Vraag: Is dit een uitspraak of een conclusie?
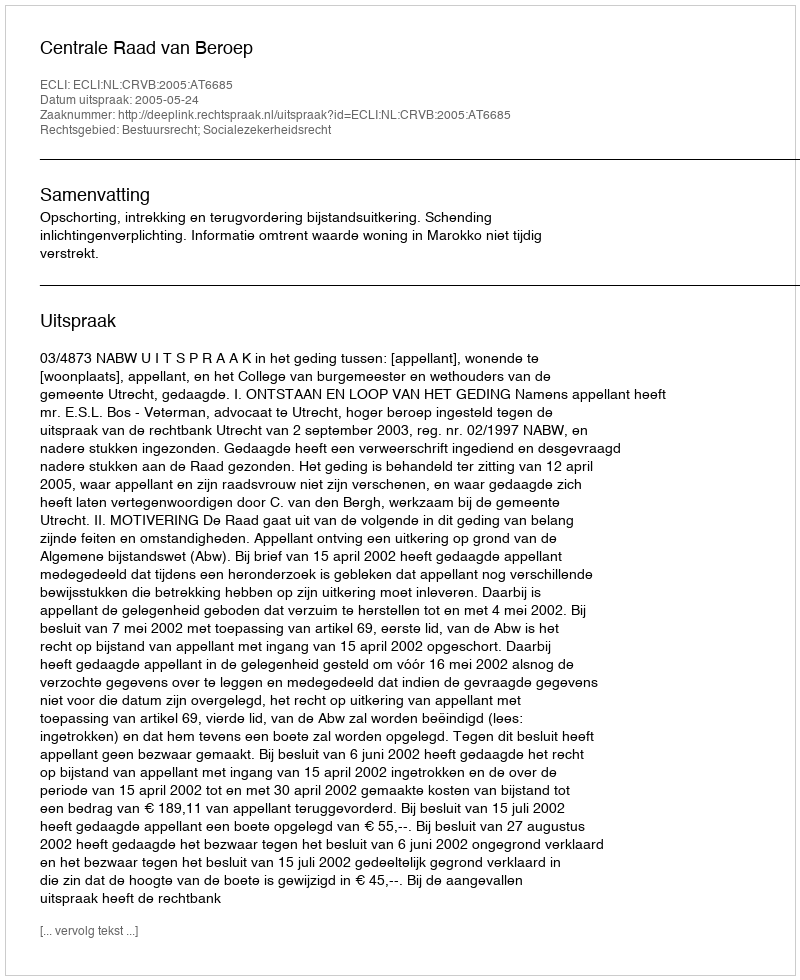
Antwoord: Uitspraak